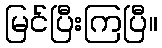
မြင်ပြီးကြပြီ။